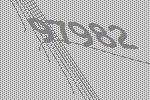
97982